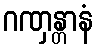
ဂဏှန္တာနံ